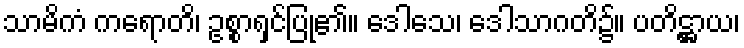
သာမိကံ ကရောတိ၊ ဥစ္စာရှင်ပြု၏။ ဒေါသေ၊ ဒေါသာဂတိ၌။ ပတိဋ္ဌာယ၊